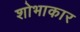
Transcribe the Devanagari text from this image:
शोभाकार